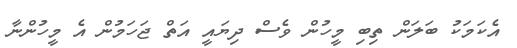
އެކަމަކު ބަލަން ތިބި މީހުން ވެސް ދިޔައީ އަތް ޖަހަމުން އެ މީހުންނާ